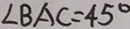
\angle B A C = 4 5 ^ { \circ }